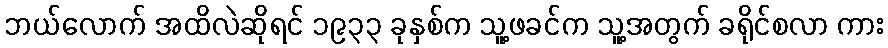
ဘယ်လောက် အထိလဲဆိုရင် ၁၉၃၃ ခုနှစ်က သူ့ဖခင်က သူ့အတွက် ခရိုင်စလာ ကား